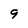
Character: 9